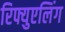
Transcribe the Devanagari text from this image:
रिफ्युएलिंग